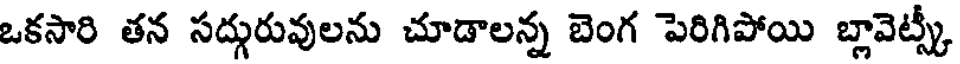
ఒకసారి తన సద్గురువులను చూడాలన్న బెంగ పెరిగిపోయి బ్లావెట్స్కీ